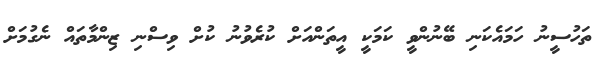
ތަހުސީނު ހަމައެކަނި ބޭނުންވީ ކަމަކީ އީތަންއަށް ކުރެވުނު ކުށް ވިސްނި ޒިންމާތައް ނެގުމަށް